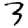
Digit: 3